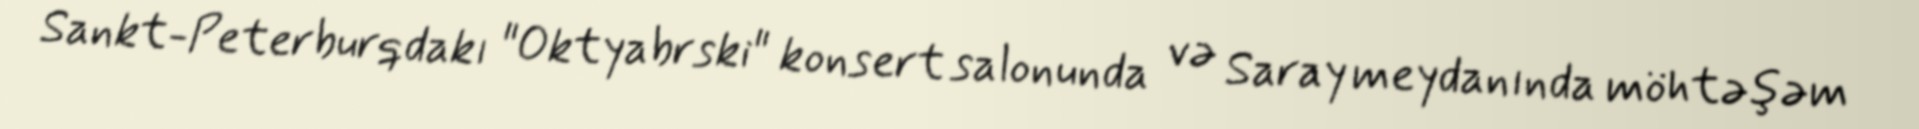
Sankt-Peterburqdakı "Oktyabrski" konsert salonunda və Saray meydanında möhtəşəm